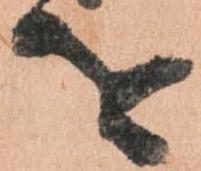
を